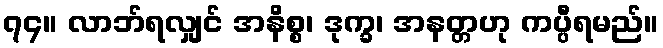
၇၄။ လာဘ်ရလျှင် အနိစ္စ၊ ဒုက္ခ၊ အနတ္တဟု ကပ္ပီရမည်။